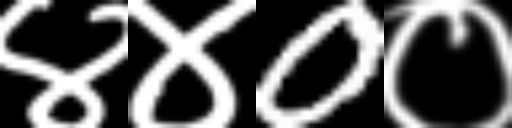
Text: ४४0०